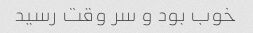
خوب بود و سر وقت رسید